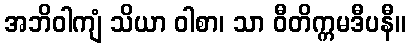
အဘိဝါကျံ သိယာ ဝါစာ၊ သာ ဝီတိက္ကမဒီပနီ။